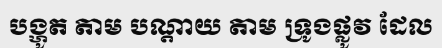
បង្ហូត តាម បណ្តាយ តាម ទ្រូងផ្លូវ ដែល